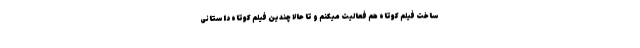
ساخت فیلم کوتاه هم فعالیت میکنم و تا حالا چندین فیلم کوتاه داستانی